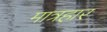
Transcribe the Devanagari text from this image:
मात्रहार